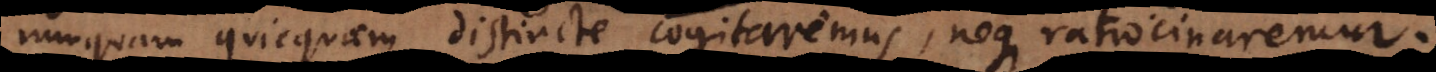
nunquam quicquam distincte cogitaremus, neque ratiocinaremur.